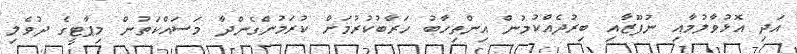
އަދި އޮޅުވާލުމާއި ނުފޫޒާއި ބިރުދެއްކުމުން އިންތިހާބު ހަރާބުކުރުމަށް ކުރަމުންގެންދާ މަސައްކަތުން މިޕާޓީގެ ދުވެލި